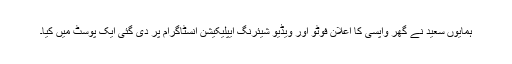
ہمایوں سعید نے گھر واپسی کا اعلان فوٹو اور ویڈیو شیئرنگ ایپلیکیشن انسٹاگرام پر دی گئی ایک پوسٹ میں کیا۔